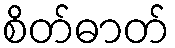
စိတ်ဓာတ်